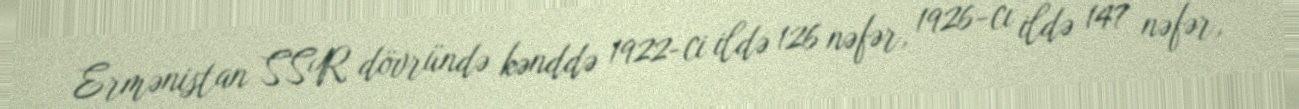
Ermənistan SSR dövründə kənddə 1922-ci ildə 126 nəfər, 1926-cı ildə 147 nəfər,